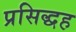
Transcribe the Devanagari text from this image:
प्रसिद्धह